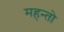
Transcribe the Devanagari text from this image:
महन्तो